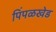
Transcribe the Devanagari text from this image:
पिंपळखेड